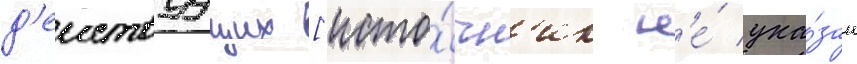
д'еиствуущих [исто́чн'ик н'е́ ука́зан